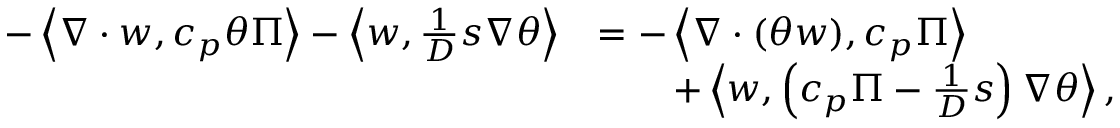
\begin{array} { r l } { - \left\langle \nabla \cdot w , c _ { p } \theta \Pi \right\rangle - \left\langle w , \frac { 1 } { D } s \nabla \theta \right\rangle } & { = - \left\langle \nabla \cdot ( \theta w ) , c _ { p } \Pi \right\rangle } \\ & { \qquad + \left\langle w , \left( c _ { p } \Pi - \frac { 1 } { D } s \right) \nabla \theta \right\rangle , } \end{array}